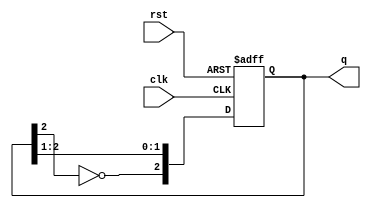
module johnson_counter #(
    parameter N = 3  // Number of stages (D flip-flops)
)(
    input wire clk,            // Clock input
    input wire rst,            // Asynchronous reset input
    output reg [N-1:0] q       // Output state of the counter
);

    // Internal signal for the inverted feedback
    wire feedback;
    
    // Assign the feedback from the last flip-flop
    assign feedback = ~q[N-1];

    // Sequential logic for the Johnson counter
    always @(posedge clk or posedge rst) begin
        if (rst) begin
            q <= {N{1'b0}};  // Reset all flip-flops to 0
        end else begin
            // Shift the current state and apply feedback
            q <= {feedback, q[N-1:1]};
        end
    end

endmodule